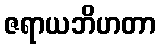
ဇရာယဘိဟတာ